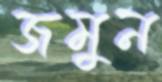
জমুন